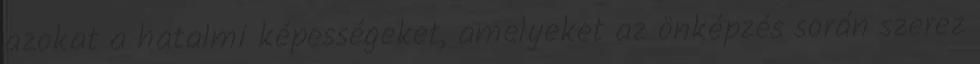
azokat a hatalmi képességeket, amelyeket az önképzés során szerez